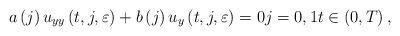
LaTeX: \begin{align*}a\left( j\right) u_{yy}\left( t,j,\varepsilon \right) +b\left( j\right)u_{y}\left( t,j,\varepsilon \right) =0j=0,1t\in\left( 0,T\right) , \end{align*}